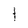
Character: 1